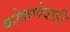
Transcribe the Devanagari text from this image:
कोकणेवाडी